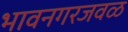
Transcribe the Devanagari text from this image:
भावनगरजवळ